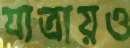
যাত্রায়ও